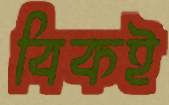
বিকই